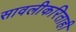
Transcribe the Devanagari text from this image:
सावलीकरिताही